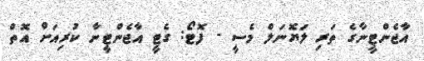
އާޖެންޓީނާގެ ތަރި ލަޔޮނަލް މެސީ - ފޮޓޯ: ގެޓީ އާޖެންޓީނާ ކުރިއަށް އޮތް